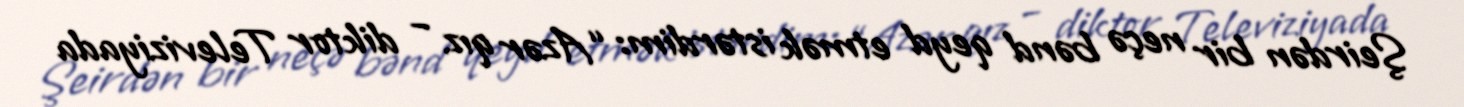
Şeirdən bir neçə bənd qeyd etmək istərdim: “Azər qız – diktor Televiziyada